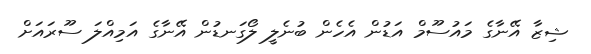
ޝިޒާ އޭނާގެ މައުސޫމް އަޑުން އެހެން ބުނެލީ ލޯގަނޑުން އޭނާގެ އަމިއްލަ ސޫރައަށް